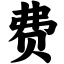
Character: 费